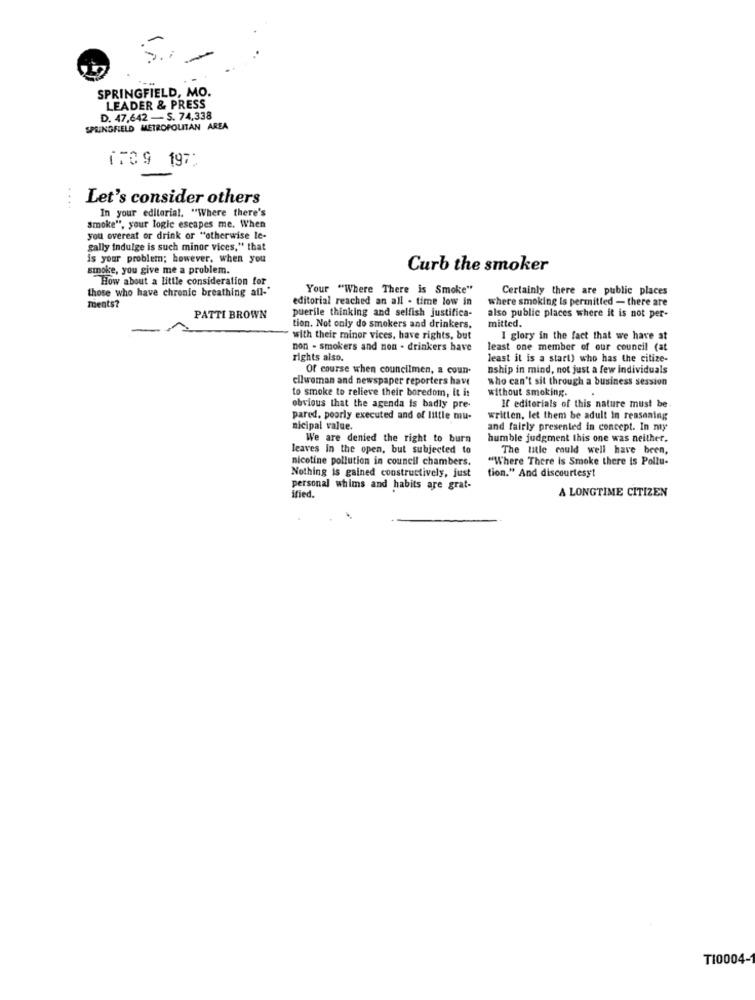
5
SPRINGFIELD, MO.
LEADER & PRESS
D. 47,642 - S. 74,338
SPRINGFIELD METROPOLITAN AREA
iFC9 197"
Let's consider others
....
In your editorial. "Where there's
smoke", your logie escapes me. When
you overeat or drink or "otherwise le-
gally indulge is such minor vices," that
is your problem; however, when you
smoke, you give me a problem.
Curb the smoker
How about a little consideration for
those who have chronic breathing afl-'
Your "Where There is Smoke"
Certainly there are public places
editorial reached an all - time low in
where smoking Is permitted - there are
ments?
puerile thinking and selfish justifica-
PATTI BROWN
also public places where it is not per-
mitted.
tion. Not only do smokers and drinkers.
with their minor vices, have rights, but
I glory in the fact that we have at
non - smokers and non . drinkers have
least one member of our council (at
rights also.
least it is a start) who has the citize-
Of course when councilmen, a coun.
nship in mind, not just a few individuals
cilwoman and newspaper reporters have
who can't sit through a business session
to smoke to relieve their boredom, It it
without smoking.
obvious that the agenda is badly pre-
If editorials of this nature must be
pared, poorly executed and of little mu-
written, let them be adult In reasoning
nicipal value.
and fairly presented in concept. In my
We are denied the right to burn
humble judgment this one was neither.
leaves In the open, but subjected to
The title could well have been,
nicotine pollution in council chambers.
"Where There is Smoke there is Pollu-
Nothing is gained constructively, just
tion." And discourtesy!
personal whims and habits are grat-
A LONGTIME CITIZEN
İried.
TI0004-1